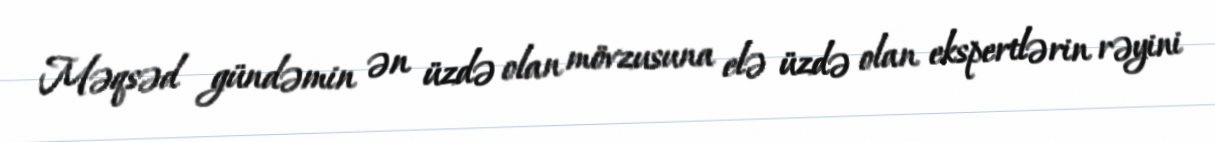
Məqsəd gündəmin ən üzdə olan mövzusuna elə üzdə olan ekspertlərin rəyini